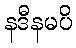
နဒီနမပိ